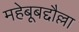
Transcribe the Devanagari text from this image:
महेबूबद्दौल्ला